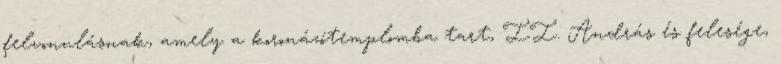
felvonulásnak, amely a koronázótemplomba tart, II. András és felesége,